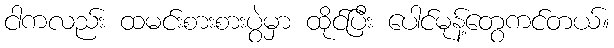
ငါကလည်း ထမင်းစားစားပွဲမှာ ထိုင်ပြီး ပေါင်မုန့်တွေကင်တယ်။